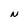
Character: N